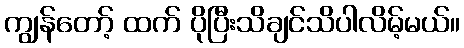
ကျွန်တော့် ထက် ပိုပြီးသိချင်သိပါလိမ့်မယ်။